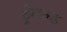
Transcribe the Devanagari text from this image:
ट्रेम्प्ल्ड